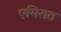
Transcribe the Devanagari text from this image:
एमिरात